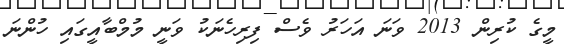
މީގެ ކުރިން 2013 ވަނަ އަހަރު ވެސް ފިރިހެނަކު ވަނީ މުމްބާއީގައި ހުންނަ